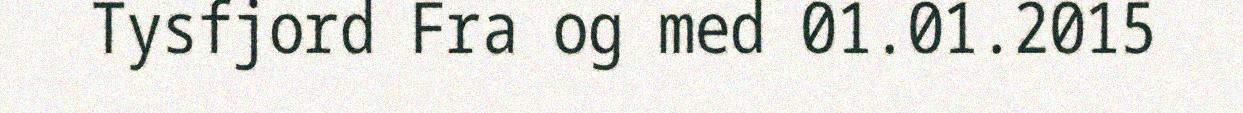
Tysfjord Fra og med 01.01.2015